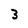
Character: 3